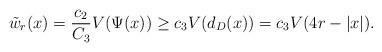
LaTeX: \begin{align*}\tilde{w}_r(x) = \frac{c_2}{C_3} V(\Psi(x)) \ge c_3 V(d_D(x)) = c_3 V(4r -|x|).\end{align*}